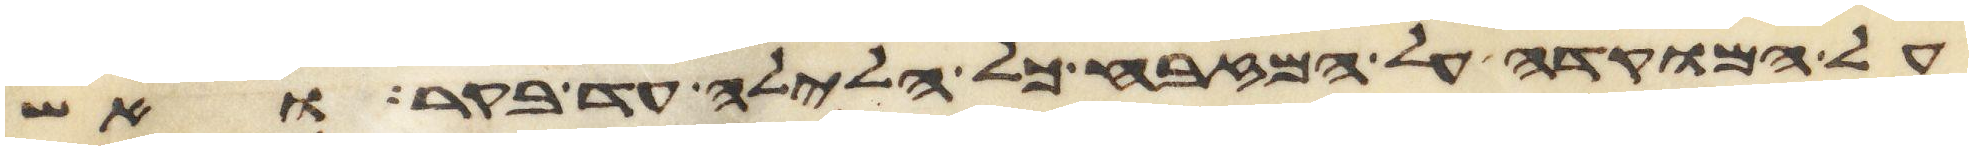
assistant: על המוקדה על המזבח כל הלילה עד בקר ואש